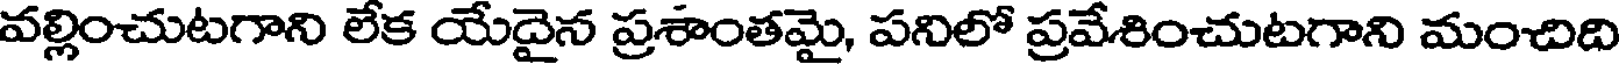
వల్లించుటగాని లేక యేదైన ప్రశాంతమై, పనిలో ప్రవేశించుటగాని మంచిది